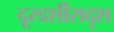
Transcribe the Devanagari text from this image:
दूरदर्शीसदृश